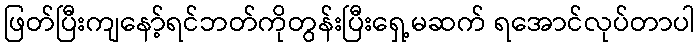
ဖြတ်ပြီးကျနော့်ရင်ဘတ်ကိုတွန်းပြီးရှေ့မဆက် ရအောင်လုပ်တာပါ